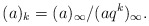
\begin{align*}(a)_k=(a)_{\infty}/(aq^k)_{\infty}.\end{align*}